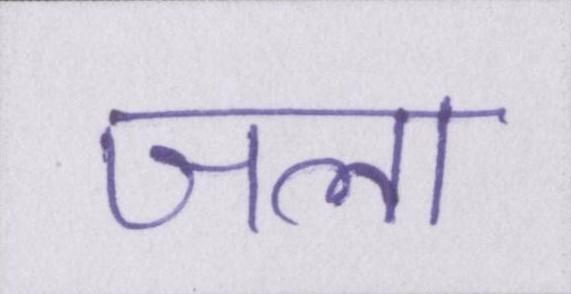
जला